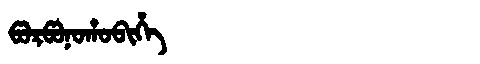
Manchu: ᡦᠣᡵᡦᠣᠨᠣᡥᠣᠪᡳᡥᡝ
Romanization: PORPONOHOBIHE